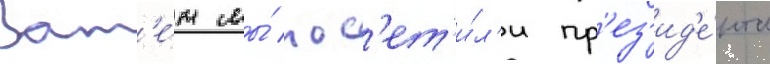
Зат'е́м мы́ пос'ет'и́л'и пр'ез'ид'е́нта